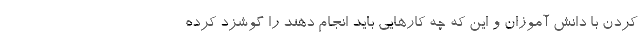
کردن با دانش آموزان و این که چه کارهایی باید انجام دهند را گوشزد کرده